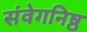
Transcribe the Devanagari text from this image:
संवेगनिष्ठ